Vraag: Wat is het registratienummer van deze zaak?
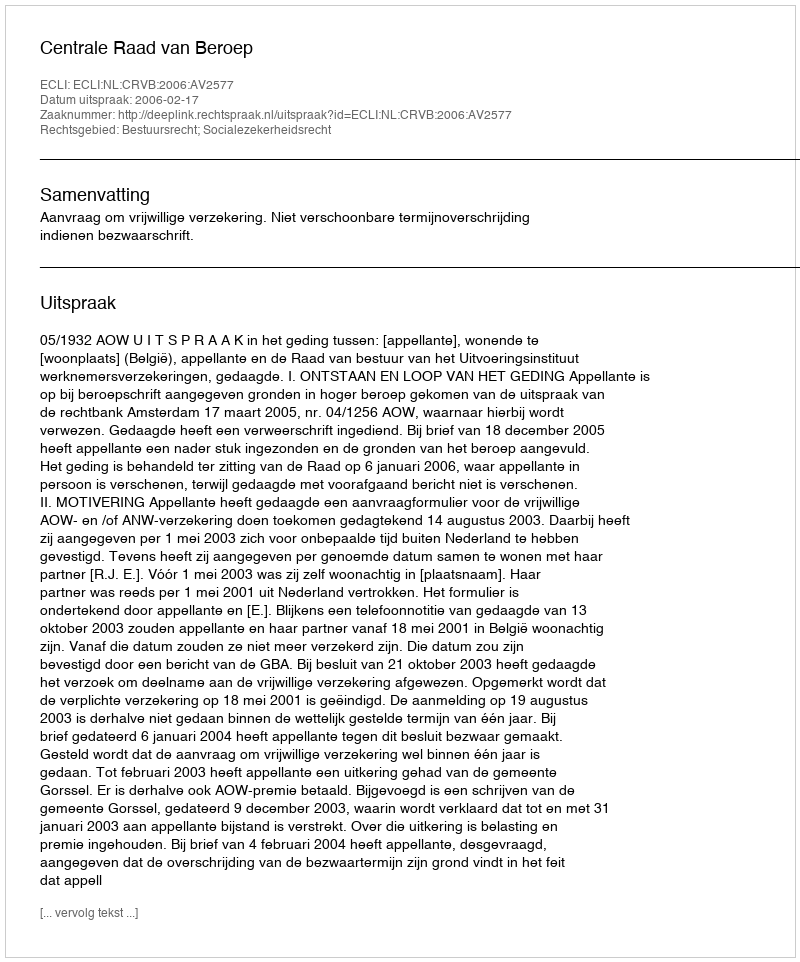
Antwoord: http://deeplink.rechtspraak.nl/uitspraak?id=ECLI:NL:CRVB:2006:AV2577